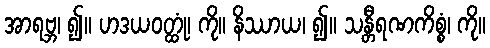
အာရဗ္ဘ၊ ၍။ ဟဒယဝတ္ထုံ၊ ကို။ နိဿာယ၊ ၍။ သန္တီရဏကိစ္စံ၊ ကို။